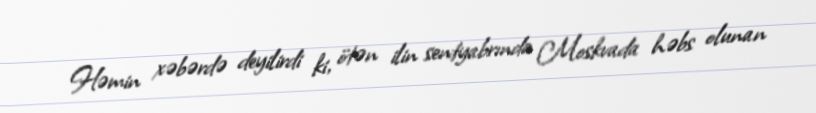
Həmin xəbərdə deyilirdi ki, ötən ilin sentyabrında Moskvada həbs olunan